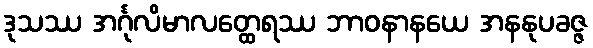
ဒုသဿ အင်္ဂုလိမာလတ္ထေရဿ ဘာဝနာနယေ အနနုပခဇ္ဇ